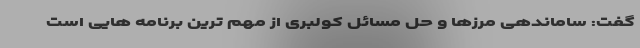
گفت: ساماندهی مرزها و حل مسائل کولبری از مهم ترین برنامه هایی است